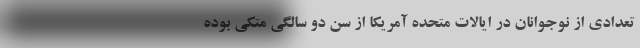
تعدادی از نوجوانان در ایالات متحده آمریکا از سن دو سالگی متکی بوده